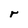
Character: r